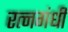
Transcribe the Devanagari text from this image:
रत्नगंधी